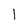
Character: l